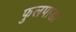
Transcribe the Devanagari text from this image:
फुलपाडा